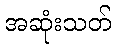
အဆုံးသတ်